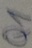
Text: Q1